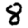
Digit: 8